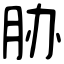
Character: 胁